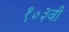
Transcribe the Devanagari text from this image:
१०३वी